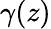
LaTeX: \gamma(z)